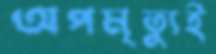
অপমৃত্যুই